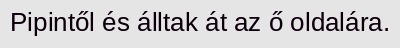
Pipintől és álltak át az ő oldalára.